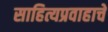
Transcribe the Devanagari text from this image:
साहित्यप्रवाहाचे